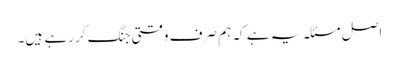
اصل مسئلہ یہ ہے کہ ہم صرف وقتی جنگ کررہے ہیں۔